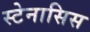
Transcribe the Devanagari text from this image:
स्टेनासिस